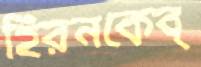
হিরনকেব্